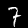
Digit: 7